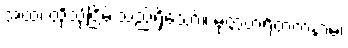
အထ၊ ထိုသို့ငြိမ်းသည်ရှိသော်။ မုတ္တဟရိတကံနာမ၊